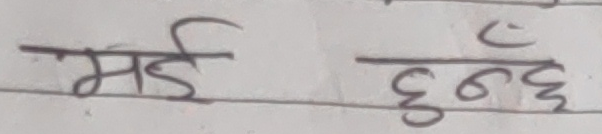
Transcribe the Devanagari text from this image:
भई हुन्छ